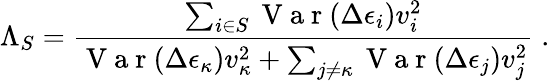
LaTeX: \Lambda_{S}=\frac{\sum_{i\in S}\mathrm{~V~a~r~}(\Delta\epsilon_{i})v_{i}^{2}}{\mathrm{~V~a~r~}(\Delta\epsilon_{\kappa})v_{\kappa}^{2}+\sum_{j\neq\kappa}\mathrm{~V~a~r~}(\Delta\epsilon_{j})v_{j}^{2}}\; .